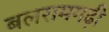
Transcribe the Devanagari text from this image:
बलरामगढ़ी